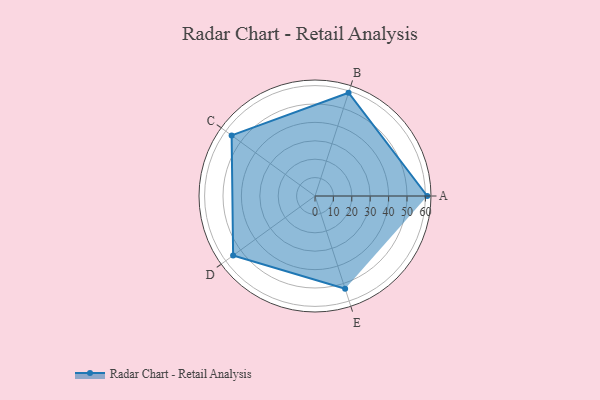
{"axis": {"x": "Skill", "y": "Score"}, "legend": ["Profile"], "data": [{"x": "A", "y": 61.0, "type": "Profile"}, {"x": "B", "y": 59.0, "type": "Profile"}, {"x": "C", "y": 56.0, "type": "Profile"}, {"x": "D", "y": 55.0, "type": "Profile"}, {"x": "E", "y": 53.0, "type": "Profile"}]}